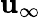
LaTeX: \mathbf{u}_{\infty}